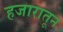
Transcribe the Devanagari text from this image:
हजारातून